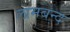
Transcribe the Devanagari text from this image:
लामबन्द